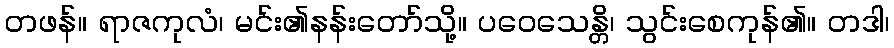
တဖန်။ ရာဇကုလံ၊ မင်း၏နန်းတော်သို့။ ပဝေသေန္တိ၊ သွင်းစေကုန်၏။ တဒါ၊